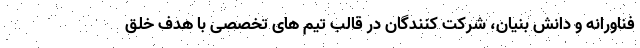
فناورانه و دانش بنیان، شرکت کنندگان در قالب تیم های تخصصی با هدف خلق